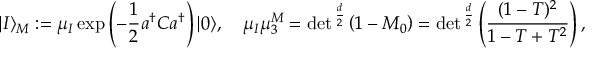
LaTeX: | I \rangle _ { M } : = \mu _ { I } \exp \left( - { \frac { 1 } { 2 } } a ^ { \dagger } C a ^ { \dagger } \right) | 0 \rangle , \ \ \ \mu _ { I } \mu _ { 3 } ^ { M } = \operatorname * { d e t } { } ^ { \frac { d } { 2 } } \left( 1 - M _ { 0 } \right) = \operatorname * { d e t } { } ^ { \frac { d } { 2 } } \left( { \frac { ( 1 - T ) ^ { 2 } } { 1 - T + T ^ { 2 } } } \right) ,